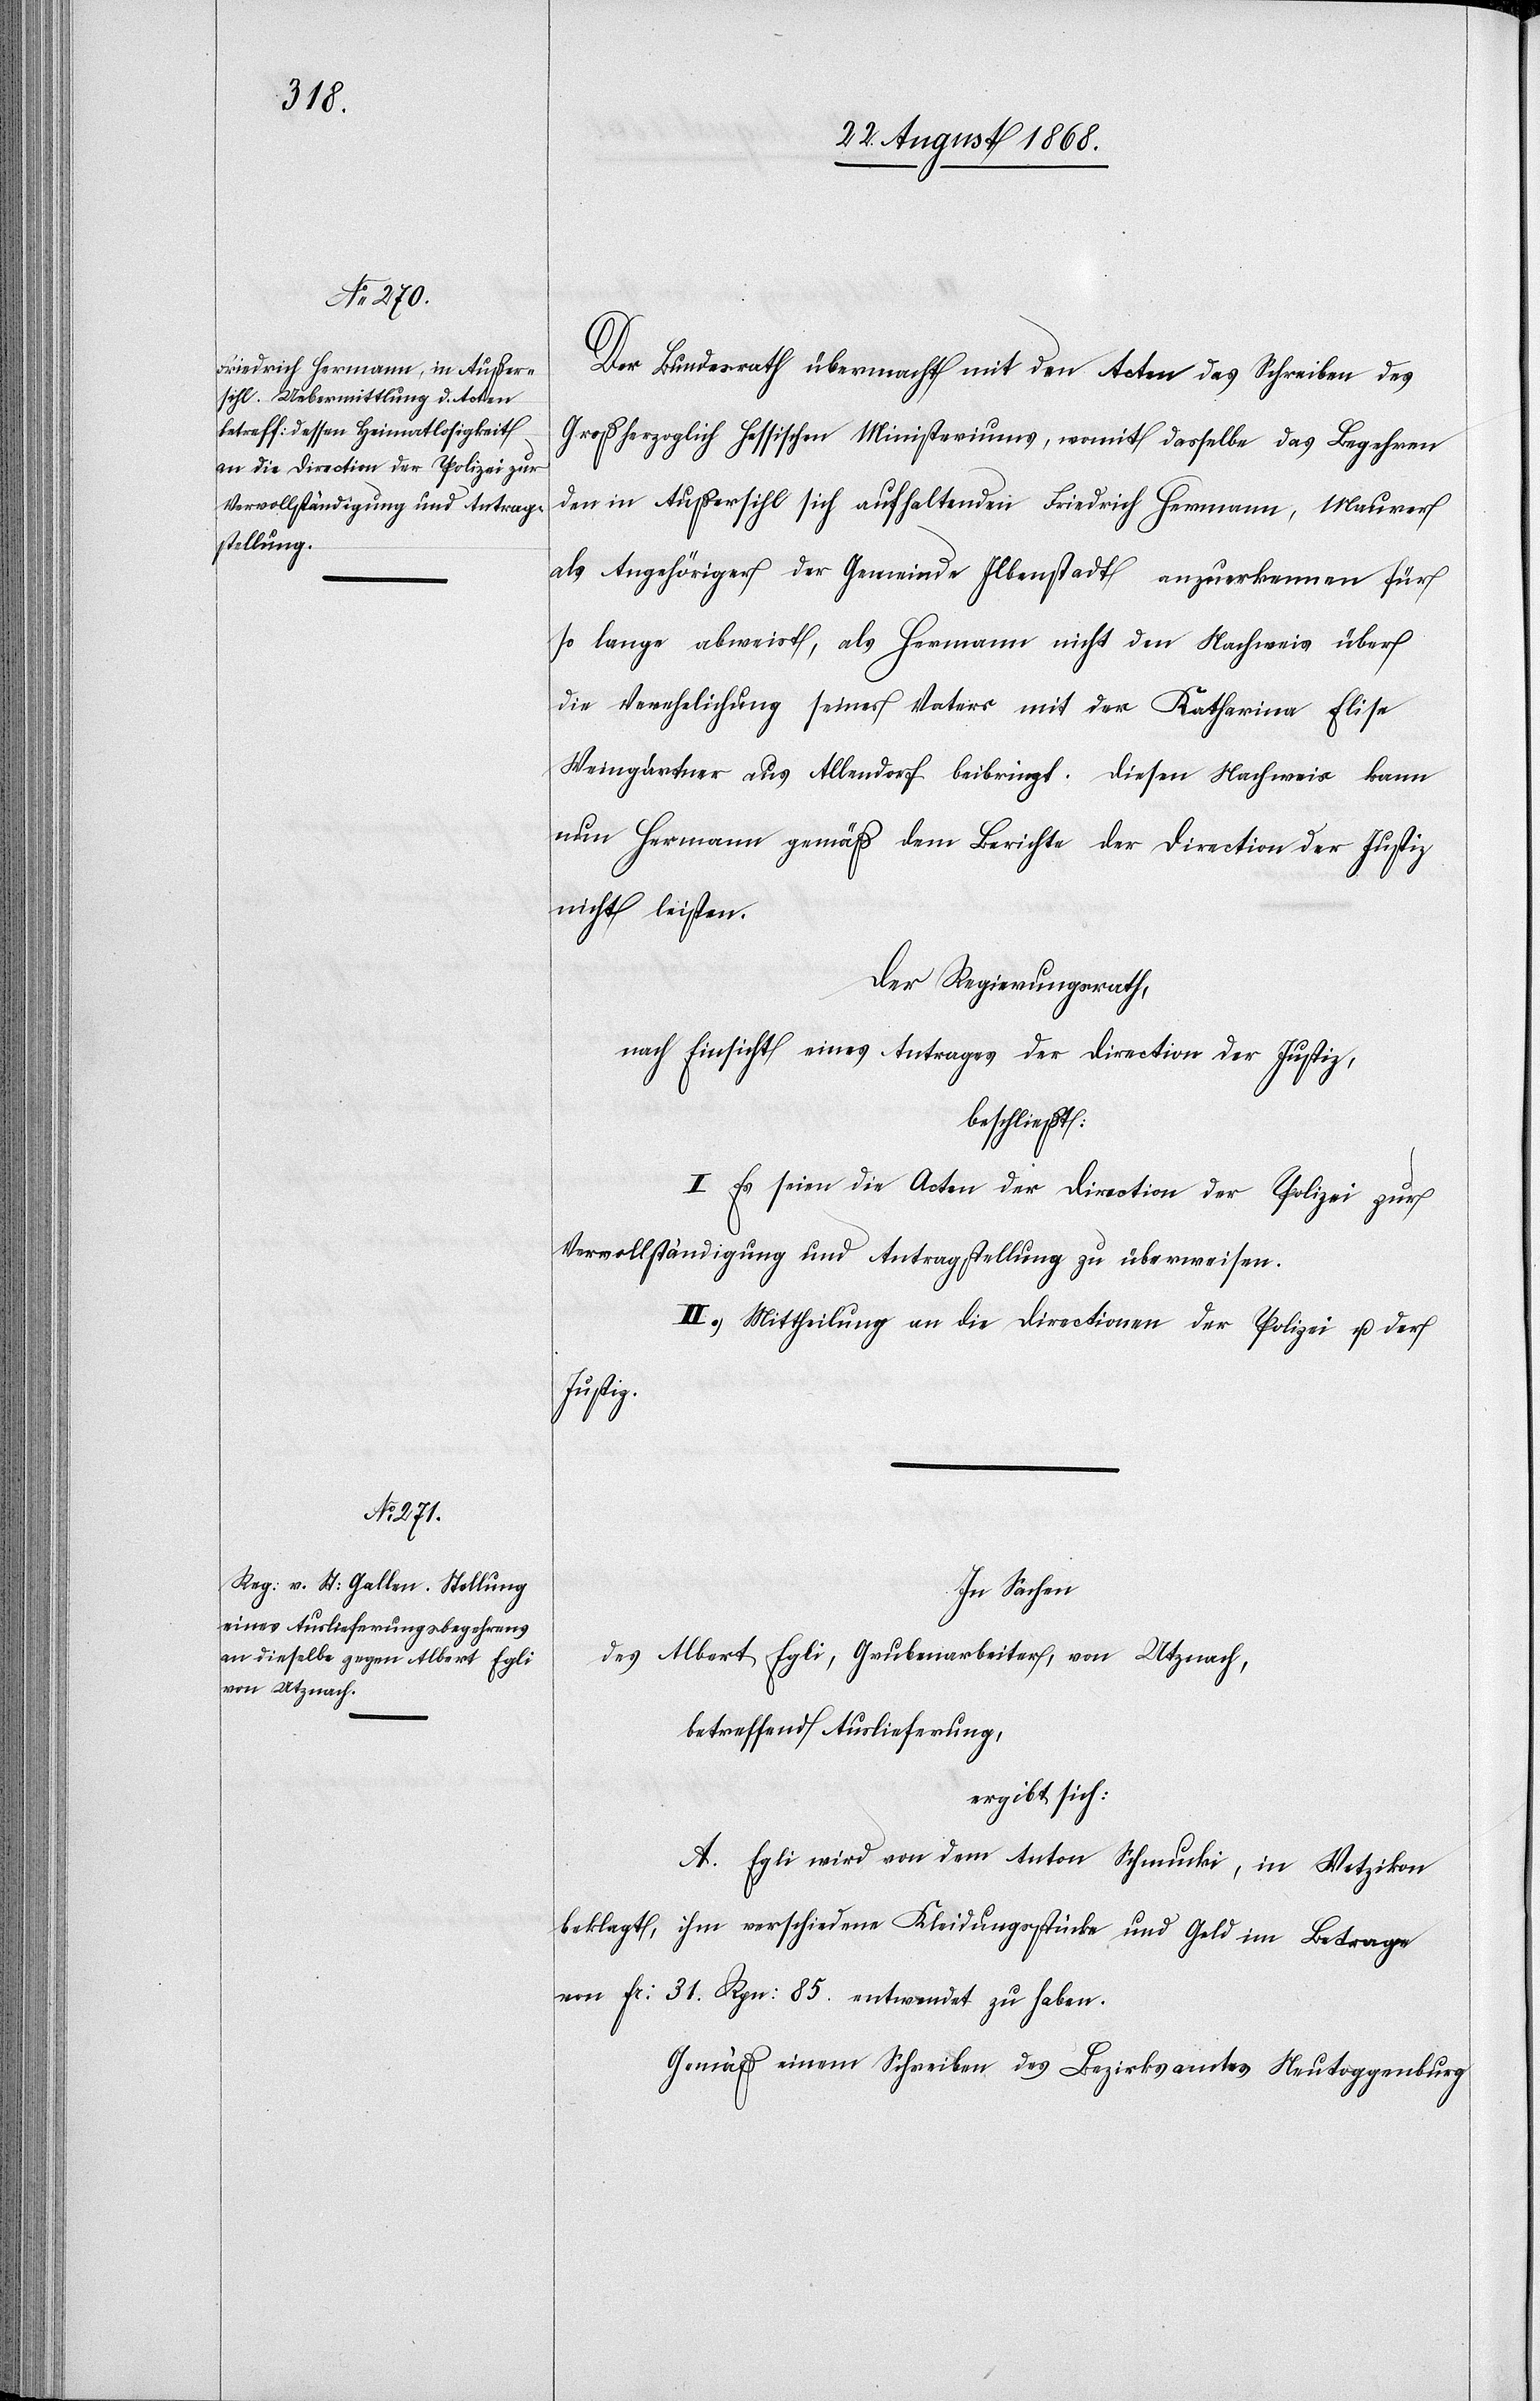
Der Bundesrath übermacht mit den Acten das Schreiben des
Großherzoglich Hessischen Ministeriums, womit dasselbe das Begehren
den in Außersihl sich aufhaltenden Friedrich Hermann, Maurer
als Angehöriger der Gemeinde Ilbenstadt anzuerkennen für
so lange abweist, als Hermann nicht den Nachweis über
die Verehelichung seines Vaters mit der Katharina Elise
Weingärtner aus Allendorf beibringt. Diesen Nachweis kann
nun Hermann gemäß dem Berichte der Direction der Justiz
nicht leisten.
Der Regierungsrath,
nach Einsicht eines Antrages der Direction der Justiz,
beschließt:
I. Es seien die Acten der Direction der Polizei zur
Vervollständigung und Antragstellung zu überweisen.
II. Mittheilung an die Directionen der Polizei u. der
Justiz.
In Sachen
des Albert Egli, Grubenarbeiter, von Utznach,
betreffend Auslieferung,
ergibt sich:
A. Egli wird von dem Anton Schmucki, in Wetzikon
beklagt, ihm verschiedene Kleidungsstücke und Geld im Betrage
von Fr: 31. Rpn: 85. entwendet zu haben.
Gemäß einem Schreiben des Bezirksamtes Neutoggenburg